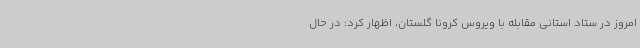
امروز در ستاد استانی مقابله با ویروس کرونا گلستان، اظهار کرد: در حال